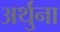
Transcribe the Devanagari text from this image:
अर्थुना